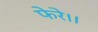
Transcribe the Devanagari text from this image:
फेरे।।